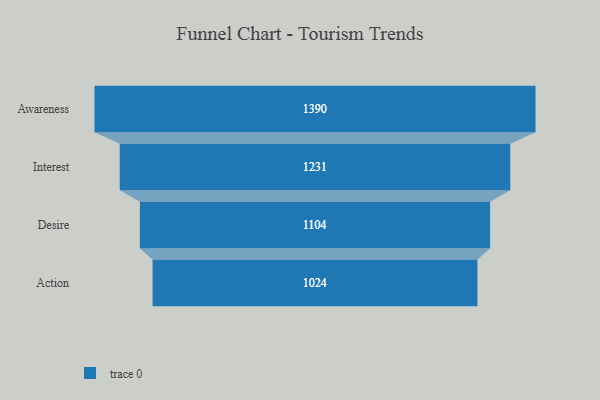
{"axis": {"x": "Stage", "y": "Value"}, "legend": [""], "data": [{"x": "Awareness", "y": 1390.0, "type": ""}, {"x": "Interest", "y": 1231.0, "type": ""}, {"x": "Desire", "y": 1104.0, "type": ""}, {"x": "Action", "y": 1024.0, "type": ""}]}